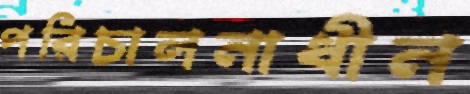
পরিচালনাধীন